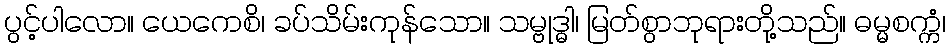
ပွင့်ပါလော။ ယေကေစိ၊ ခပ်သိမ်းကုန်သော။ သမ္ဗုဒ္ဓါ၊ မြတ်စွာဘုရားတို့သည်။ ဓမ္မစက္ကံ၊